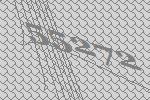
55272